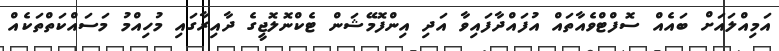
އަމިއްލައަށް ބައެއް ސޮފްޓްވެއާތައް އުފައްދާފައިވާ އަދި އިންފޮމޭޝަން ޓެކްނޮލޮޖީގެ ދާއިރާގައި މުހިއްމު މަސައްކަތްތަކެއް